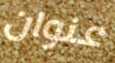
عنوان